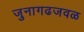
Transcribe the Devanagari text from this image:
जुनागढजवळ